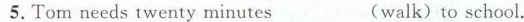
5.Tom needs twenty minutes ___(walk)to school.